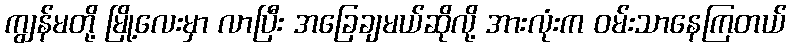
ကျွန်မတို့ မြို့လေးမှာ လာပြီး အခြေချမယ်ဆိုလို့ အားလုံးက ဝမ်းသာနေကြတယ်